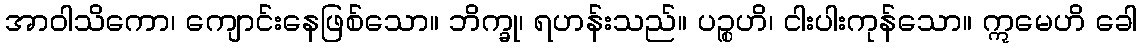
အာဝါသိကော၊ ကျောင်းနေဖြစ်သော။ ဘိက္ခု၊ ရဟန်းသည်။ ပဉ္စဟိ၊ ငါးပါးကုန်သော။ ဣမေဟိ ခေါ